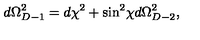
d \Omega _ { D - 1 } ^ { 2 } = d \chi ^ { 2 } + \sin ^ { 2 } \! \chi d \Omega _ { D - 2 } ^ { 2 } ,